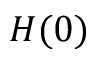
H ( 0 )